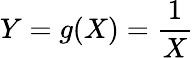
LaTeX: Y=g(X)=\frac{1}{X}